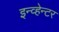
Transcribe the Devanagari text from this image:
इन्व्हेन्टर